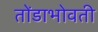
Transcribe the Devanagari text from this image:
तोंडाभोवती